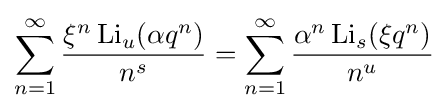
\sum _{n=1}^{\infty }{\frac {\xi ^{n}\,\mathrm {Li} _{u}(\alpha q^{n})}{n^{s}}}=\sum _{n=1}^{\infty }{\frac {\alpha ^{n}\,\mathrm {Li} _{s}(\xi q^{n})}{n^{u}}}